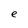
Character: e